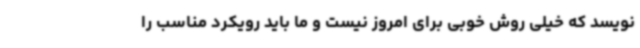
‌نویسد که خیلی روش خوبی برای امروز نیست و ما باید رویکرد مناسب را